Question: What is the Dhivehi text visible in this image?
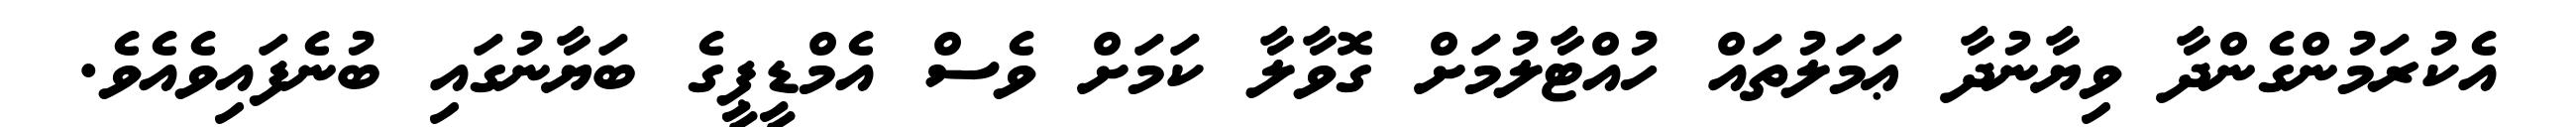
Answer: އެކުރަމުންގެންދާ ވިޔާނުދާ ޢަމަލުތައް ހުއްޓާލުމަށް ގޮވާލާ ކަމަށް ވެސް އެމްޑީޕީގެ ބަޔާނުގައި ބުނެފައިވެއެވެ.